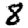
Digit: 8